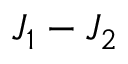
J _ { 1 } - J _ { 2 }